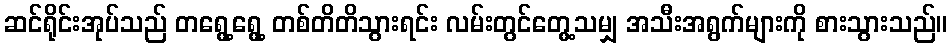
ဆင်ရိုင်းအုပ်သည် တရွေ့ရွေ့ တစ်တိတိသွားရင်း လမ်းတွင်တွေ့သမျှ အသီးအရွက်များကို စားသွားသည်။